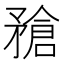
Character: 𥎄